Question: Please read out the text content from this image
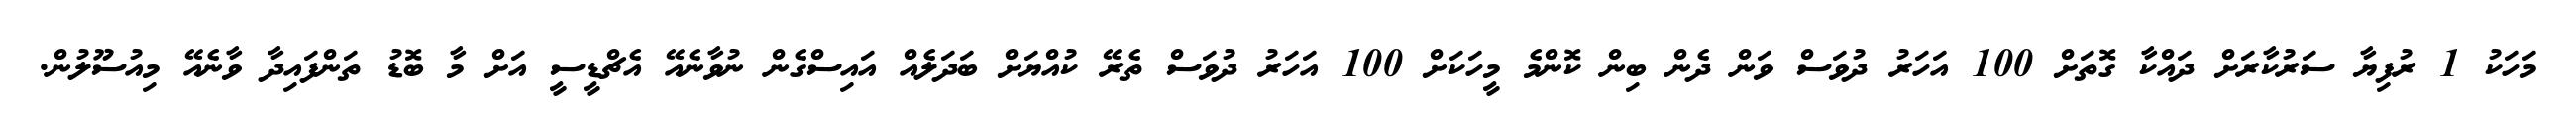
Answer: މަހަކު 1 ރުފިޔާ ސަރުކާރަށް ދައްކާ ގޮތަށް 100 އަހަރު ދުވަސް ވަން ދެން ބިން ކޮންމެ މީހަކަށް 100 އަހަރު ދުވަސް ތެރޭ ކުއްޔަށް ބަދަލެއް އައިސްގެން ނުވާނެއޭ އެޗްޑީސީ އަށް މާ ބޮޑު ތަންފައިދާ ވާނެއޭ މިއުސޫލުން.